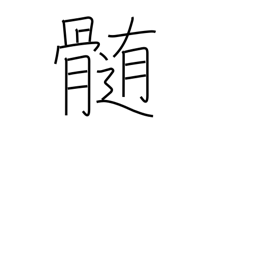
Meaning: essence